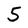
Character: 5